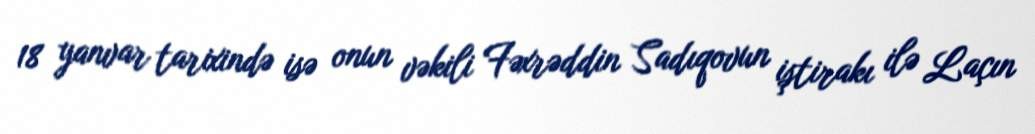
18 yanvar tarixində isə onun vəkili Fəxrəddin Sadıqovun iştirakı ilə Laçın